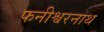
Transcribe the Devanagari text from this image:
फनीश्वरनाथ